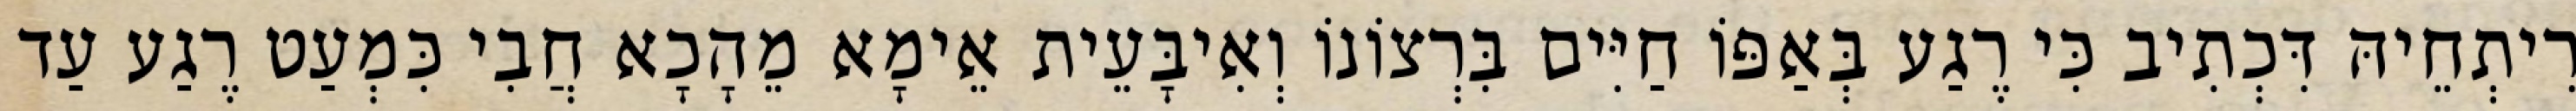
רִיתְחֵיהּ דִּכְתִיב כִּי רֶגַע בְּאַפּוֹ חַיִּים בִּרְצוֹנוֹ וְאִיבָּעֵית אֵימָא מֵהָכָא חֲבִי כִּמְעַט רֶגַע עַד